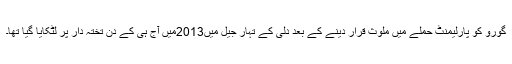
گورو کو پارلیمنٹ حملے میں ملوث قرار دینے کے بعد دلی کے تہار جیل میں2013میں آج ہی کے دن تختہ دار پر لٹکایا گیا تھا۔